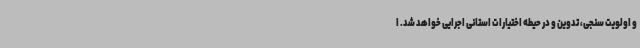
و اولویت سنجی، تدوین و در حیطه اختیارات استانی اجرایی خواهد شد. ا